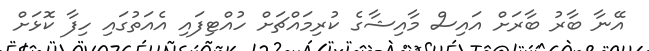
އޭނާ ބާރު ބާރަށް އައިސް މާއިޝާގެ ކުރިމައްޗަށް ހުއްޓިފައި އެއަތުގައި ހިފާ ކޮޅަށް